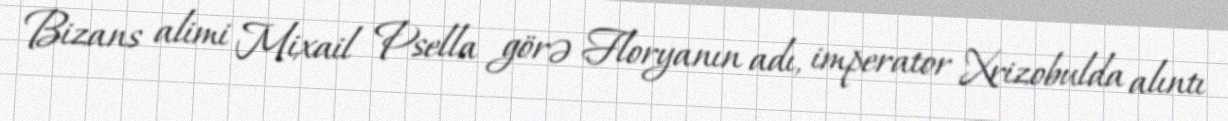
Bizans alimi Mixail Psella görə Floryanın adı, imperator Xrizobulda alıntı